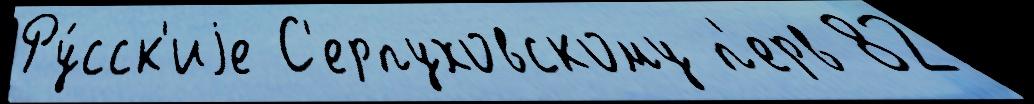
Ру́сск'иjе С'ерпуховскому п'ерв 82